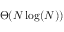
\Theta ( N \log ( N ) )